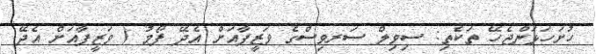
ހުށަހަޅަންޖެހޭ ތަކެތި: ސިވިލް ސަރވިސްގެ ވަޒީފާއަށް އެދޭ ފޯމު ( ވަޒީފާއަށް އެދޭ